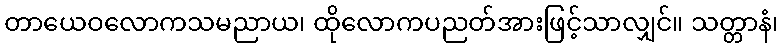
တာယေဝလောကသမညာယ၊ ထိုလောကပညတ်အားဖြင့်သာလျှင်။ သတ္တာနံ၊